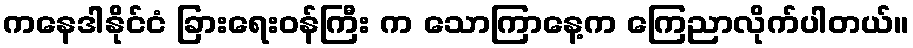
ကနေဒါနိုင်ငံ ခြားရေးဝန်ကြီး က သောကြာနေ့က ကြေညာလိုက်ပါတယ်။